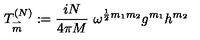
T _ { \stackrel { \rightharpoonup } { m } } ^ { ( N ) } : = \frac { i N } { 4 \pi M } \ \omega ^ { \frac { 1 } { 2 } m _ { 1 } m _ { 2 } } g ^ { m _ { 1 } } h ^ { m _ { 2 } }